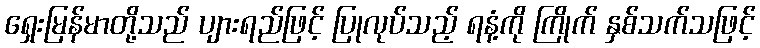
ရှေးမြန်မာတို့သည် ပျားရည်ဖြင့် ပြုလုပ်သည့် ရနံ့ကို ကြိုက် နှစ်သက်သဖြင့်